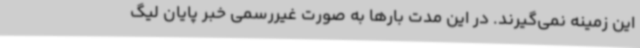
این زمینه نمی‌گیرند. در این مدت بارها به صورت غیررسمی خبر پایان لیگ